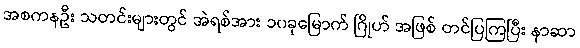
အစကနဦး သတင်းများတွင် အဲရစ်အား ၁၀ခုမြောက် ဂြိုဟ် အဖြစ် တင်ပြကြပြီး နာဆာ